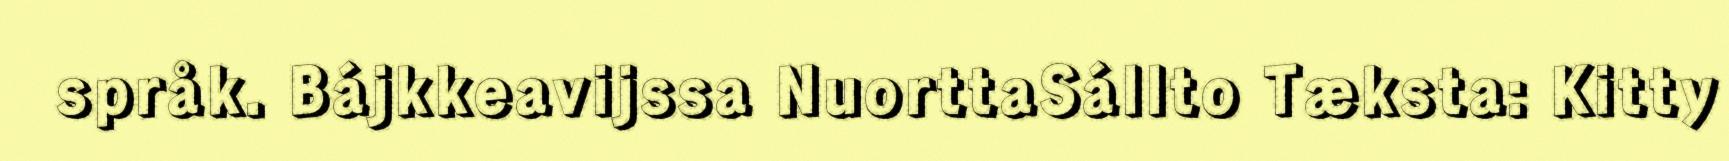
språk. Bájkkeavijssa NuorttaSállto Tæksta: Kitty